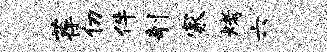
荐仞件剞家烤六